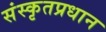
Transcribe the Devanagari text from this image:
संस्कृतप्रधान